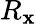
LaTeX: R_{\mathbf{x}}